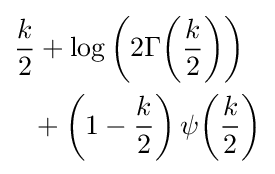
{\begin{aligned}{\frac {k}{2}}&+\log \left(2\Gamma {\left({\frac {k}{2}}\right)}\right)\\&\!+\left(1-{\frac {k}{2}}\right)\psi {\left({\frac {k}{2}}\right)}\end{aligned}}